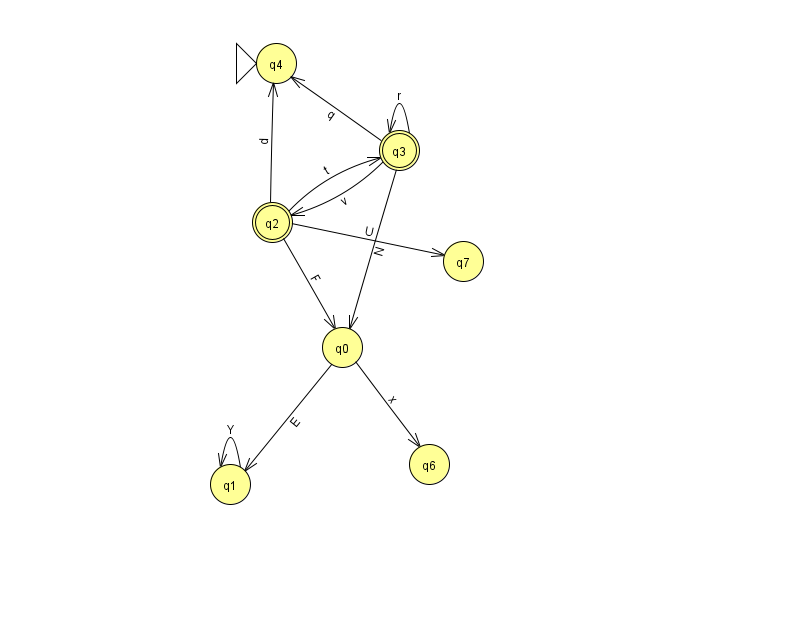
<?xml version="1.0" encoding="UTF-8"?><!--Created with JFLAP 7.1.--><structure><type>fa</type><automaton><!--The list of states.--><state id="0" name="q0"><x>342.0</x><y>334.0</y></state><state id="1" name="q1"><x>230.0</x><y>471.0</y></state><state id="2" name="q2"><x>272.0</x><y>209.0</y><final/></state><state id="3" name="q3"><x>399.0</x><y>137.0</y><final/></state><state id="4" name="q4"><x>276.0</x><y>50.0</y><initial/></state><state id="6" name="q6"><x>429.0</x><y>451.0</y></state><state id="7" name="q7"><x>463.0</x><y>248.0</y></state><!--The list of transitions.--><transition><from>3</from><to>2</to><read>v</read></transition><transition><from>3</from><to>3</to><read>r</read></transition><transition><from>2</from><to>0</to><read>F</read></transition><transition><from>2</from><to>3</to><read>t</read></transition><transition><from>3</from><to>4</to><read>q</read></transition><transition><from>2</from><to>4</to><read>d</read></transition><transition><from>2</from><to>7</to><read>U</read></transition><transition><from>0</from><to>6</to><read>x</read></transition><transition><from>1</from><to>1</to><read>Y</read></transition><transition><from>0</from><to>1</to><read>E</read></transition><transition><from>3</from><to>0</to><read>N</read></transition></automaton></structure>